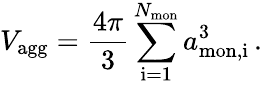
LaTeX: V_{\mathrm{agg}}=\frac{4\pi}{3}\sum_{\mathrm{i}=1}^{N_{\mathrm{mon}}}a_{\mathrm{mon,i}}^{3}\, .